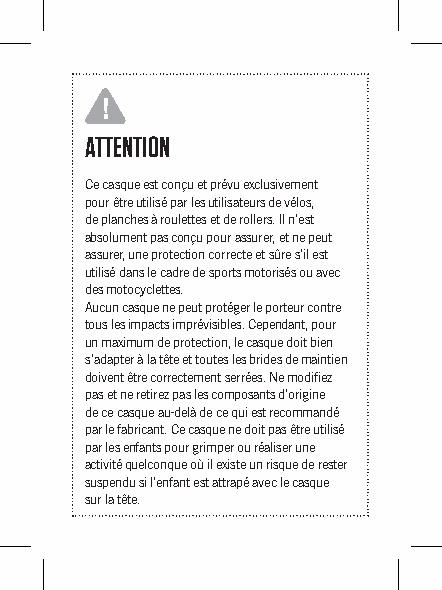
!
 ATTENTION
 Ce casque est conçu et prévu exclusivement
 pour être utilisé par les utilisateurs de vélos,
 de planches à roulettes et de rollers. Il n’est
 absolument pas conçu pour assurer, et ne peut
 assurer, une protection correcte et sûre s’il est
 utilisé dans le cadre de sports motorisés ou avec
 des motocyclettes.
 Aucun casque ne peut protéger le porteur contre
 tous les impacts imprévisibles. Cependant, pour
 un maximum de protection, le casque doit bien
 s’adapter à la tête et toutes les brides de maintien
 doivent être correctement serrées. Ne modifiez
 pas et ne retirez pas les composants d’origine
 de ce casque au-delà de ce qui est recommandé
 par le fabricant. Ce casque ne doit pas être utilisé
 par les enfants pour grimper ou réaliser une
 activité quelconque où il existe un risque de rester
 suspendu si l’enfant est attrapé avec le casque
 sur la tête.